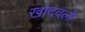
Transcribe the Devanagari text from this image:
खोदवली